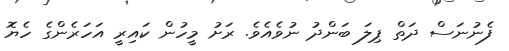
ފެނުނަސް ދަތް ޕިލަ ބަންދު ނުވެއެވެ. ރަށު މީހުން ކައިރީ އަހަރެންގެ ހެޔޮ